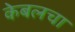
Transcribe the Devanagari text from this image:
केबलचा